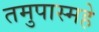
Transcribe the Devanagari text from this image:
तमुपास्महे